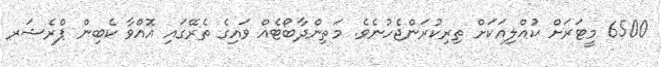
6500 މީޓަރަށް ކުއްލިއަކަށް ތިރިކުރަންޖެހުނެވެ. މަތިންދާބޯޓެއް ވައިގެ ތެރޭގައި އޮއްވާ ކެބިން ޕްރެޝަރ